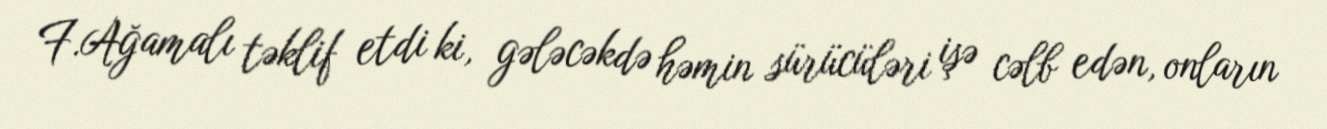
F.Ağamalı təklif etdi ki, gələcəkdə həmin sürücüləri işə cəlb edən, onların